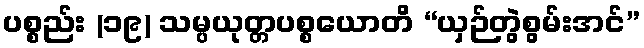
ပစ္စည်း (၁၉) သမ္ပယုတ္တပစ္စယောတိ “ယှဉ်တွဲစွမ်းအင်”